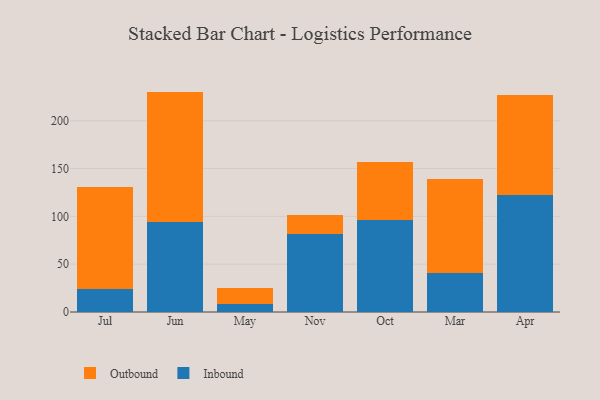
{"axis": {"x": "Month", "y": "Bounce Rate (%)"}, "legend": ["Inbound", "Outbound"], "data": [{"x": "Jul", "y": 23.7, "type": "Inbound"}, {"x": "Jul", "y": 106.7, "type": "Outbound"}, {"x": "Jun", "y": 94.2, "type": "Inbound"}, {"x": "Jun", "y": 136.2, "type": "Outbound"}, {"x": "May", "y": 7.9, "type": "Inbound"}, {"x": "May", "y": 17.6, "type": "Outbound"}, {"x": "Nov", "y": 81.1, "type": "Inbound"}, {"x": "Nov", "y": 19.9, "type": "Outbound"}, {"x": "Oct", "y": 96.6, "type": "Inbound"}, {"x": "Oct", "y": 60.2, "type": "Outbound"}, {"x": "Mar", "y": 40.8, "type": "Inbound"}, {"x": "Mar", "y": 97.9, "type": "Outbound"}, {"x": "Apr", "y": 122.0, "type": "Inbound"}, {"x": "Apr", "y": 104.8, "type": "Outbound"}]}